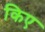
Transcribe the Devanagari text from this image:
किए